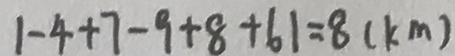
1 - 4 + 7 - 9 + 8 + 6 1 = 8 ( k m )